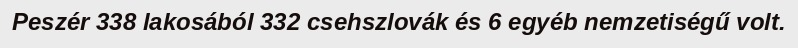
Peszér 338 lakosából 332 csehszlovák és 6 egyéb nemzetiségű volt.